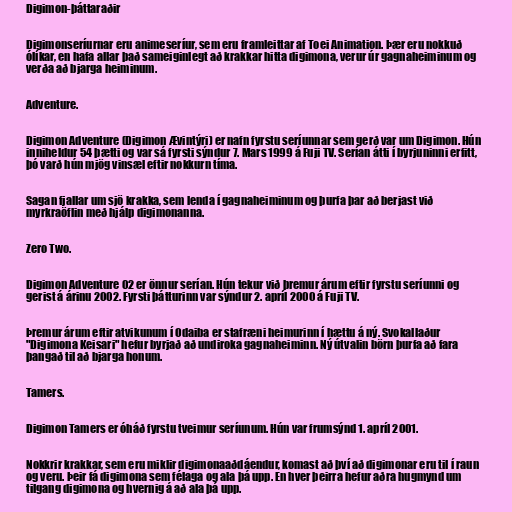
Digimon-þáttaraðir

Digimonseríurnar eru animeseríur, sem eru framleittar af Toei Animation. Þær eru nokkuð
ólíkar, en hafa allar það sameiginlegt að krakkar hitta digimona, verur úr gagnaheiminum og
verða að bjarga heiminum.

Adventure.

Digimon Adventure (Digimon Ævintýri) er nafn fyrstu seríunnar sem gerð var um Digimon. Hún
inniheldur 54 þætti og var sá fyrsti sýndur 7. Mars 1999 á Fuji TV. Serían átti í byrjuninni erfitt,
þó varð hún mjög vinsæl eftir nokkurn tíma.

Sagan fjallar um sjö krakka, sem lenda í gagnaheiminum og þurfa þar að berjast við
myrkraöflin með hjálp digimonanna.

Zero Two.

Digimon Adventure 02 er önnur serían. Hún tekur við þremur árum eftir fyrstu seríunni og
gerist á árinu 2002. Fyrsti þátturinn var sýndur 2. apríl 2000 á Fuji TV.

Þremur árum eftir atvikunum í Odaiba er stafræni heimurinn í hættu á ný. Svokallaður
"Digimona Keisari" hefur byrjað að undiroka gagnaheiminn. Ný útvalin börn þurfa að fara
þangað til að bjarga honum.

Tamers.

Digimon Tamers er óháð fyrstu tveimur seríunum. Hún var frumsýnd 1. apríl 2001.

Nokkrir krakkar, sem eru miklir digimonaaðdáendur, komast að því að digimonar eru til í raun
og veru. Þeir fá digimona sem félaga og ala þá upp. En hver þeirra hefur aðra hugmynd um
tilgang digimona og hvernig á að ala þá upp.